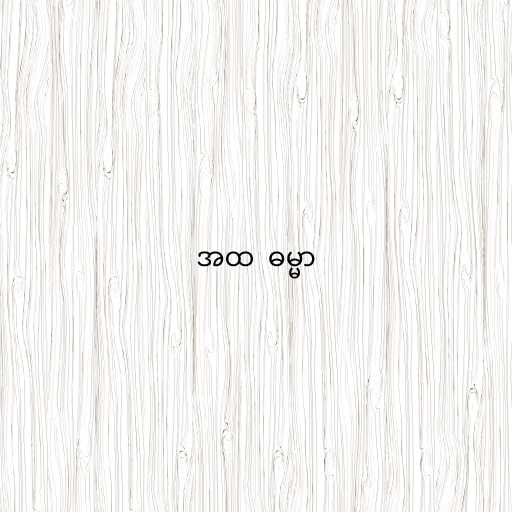
အထ  ဓမ္မာ